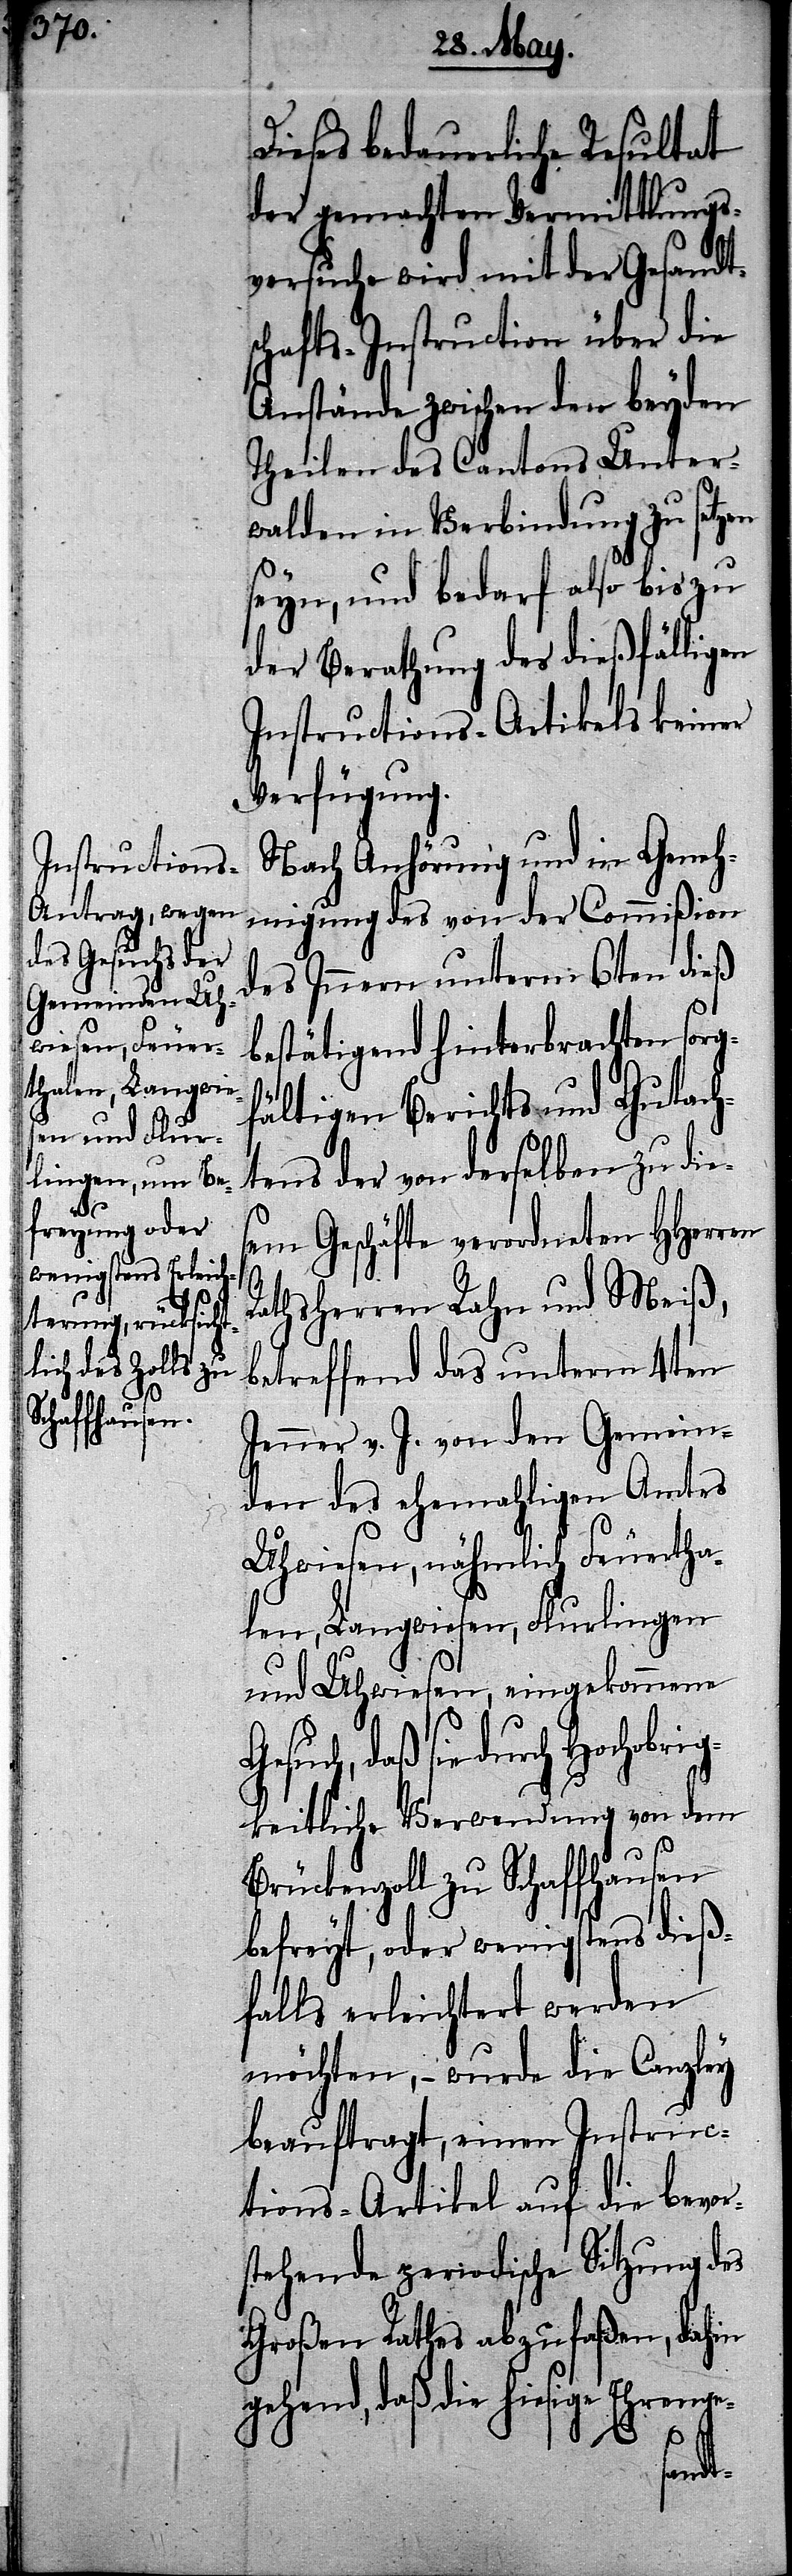
Dieses bedauerliche Resultat
der gemachten Vermittlungs¬
versuche wird mit der Gesandts¬
chafts-Instruction über die
Anstände zwischen den beyden
Theilen des Cantons Unter¬
walden in Verbindung zu setzen
seyn, und bedarf also bis zu
der Berathung des dießfälligen
Instructions-Artikels keiner
Verfügung.
Nach Anhörung und in Geneh¬
migung des von der Commißion
des Innern unterm 6ten dieß
bestätigend hinterbrachten sorg¬
fältigen Berichts und Gutach¬
tens der von derselben zu dies¬
em Geschäfte verordneten HHerren
Rathsherren Rahn und Meiß,
betreffend das unterm 4ten
Jenner v. J. von den Gemein¬
den des ehemahligen Amtes
Uhwiesen, nähmlich Feuertha¬
len, Langwiesen, Flurlingen
und Uhwiesen, eingekommene
daß sie durch Hochobr¬
igkeitliche Verwendung von dem
Brückenzoll zu Schaffhausen
befreyt, oder wenigstens dieß¬
falls erleichtert werden
möchten, – wurde die Canzley
beauftragt, einen Instruc¬
tions-Artikel auf die bevor¬
stehende periodische Sitzung des
Großen Rathes abzufaßen, dahin
gehend, daß die hiesige Ehrenge-